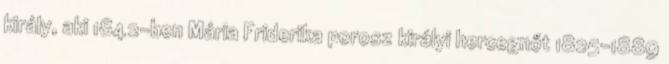
király, aki 1842-ben Mária Friderika porosz királyi hercegnőt 1825–1889